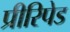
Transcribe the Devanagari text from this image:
प्रीरिपेड